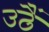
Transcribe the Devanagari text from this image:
उठैं